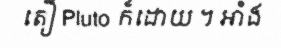
តឿ Pluto ក៏ដោយ ។ អាំង